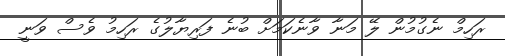
ރަހިމް ނެގުމުން ލޭ މަނާ ވާނެކަމަށް ބުނެ ފަރިޔާލުގެ ރަހިމު ވެސް ވަނީ